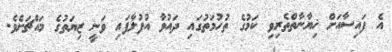
އެ ފައިސާއަށް ޚިޔާނާތްތެރިވި ކަމުގެ ތުހުމަތުގައި ދައުވާ އުފުލާފައި ވަނީ ޒިޔަތުގެ މައްޗަށެވެ.